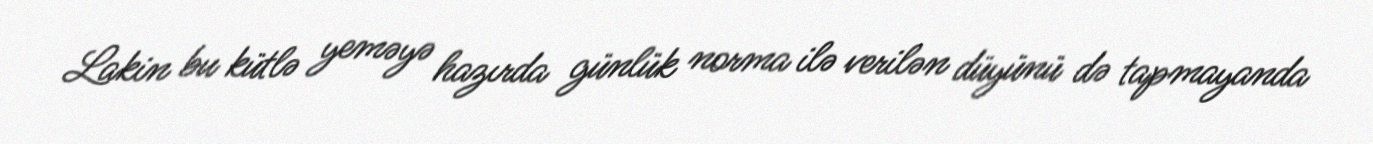
Lakin bu kütlə yeməyə hazırda günlük norma ilə verilən düyünü də tapmayanda